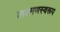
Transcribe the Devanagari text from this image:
लक्ष्मणस्वरूप